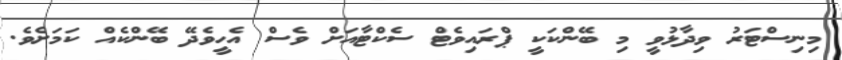
މިނިސްޓަރު ވިދާޅުވީ މި ބޭންކަކީ ޕްރައިވެޓް ސެކްޓާއަށް ވެސް އެހީވެދޭ ބޭންކެއް ކަމަށެވެ.